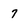
Character: 7